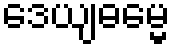
ဒေယျဓမ္မေ